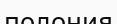
полония